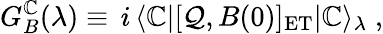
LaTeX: G_{B}^{\mathbb{C}}(\lambda)\equiv\, i\, \langle\mathbb{C}|[\mathcal{Q},B(0)]_{\mathrm{{ET}}}|\mathbb{C}\rangle_{\lambda}\; ,